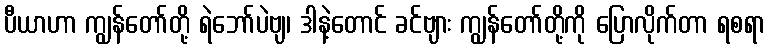
ပီယာဟာ ကျွန်တော်တို့ ရဲဘော်ပဲဗျ၊ ဒါနဲ့တောင် ခင်ဗျား ကျွန်တော်တို့ကို ပြောလိုက်တာ ရစရာ